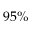
9 5 \%